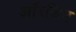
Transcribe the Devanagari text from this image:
आॅरजिन